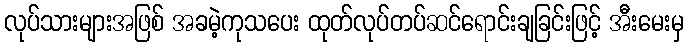
လုပ်သားများအဖြစ် အခမဲ့ကုသပေး ထုတ်လုပ်တပ်ဆင်ရောင်းချခြင်းဖြင့် အီးမေးမှ